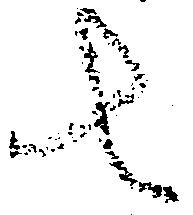
者